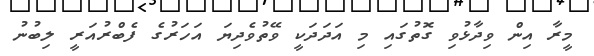
މީރާ އިން ވިދާޅުވި ގޮތުގައި މި އަދަދަކީ ވޭތުވެދިޔަ އަހަރުގެ ފެބްރުއަރީ ލިބުނު